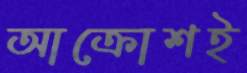
আক্রোশই